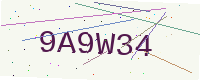
Text: 9A9W34